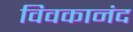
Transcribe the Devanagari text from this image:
विवकानंद